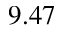
9 . 4 7